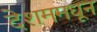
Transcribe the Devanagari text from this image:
देशममधून